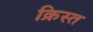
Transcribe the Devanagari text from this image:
क्रिस्त